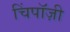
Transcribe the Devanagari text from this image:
चिंपाॅज़ी